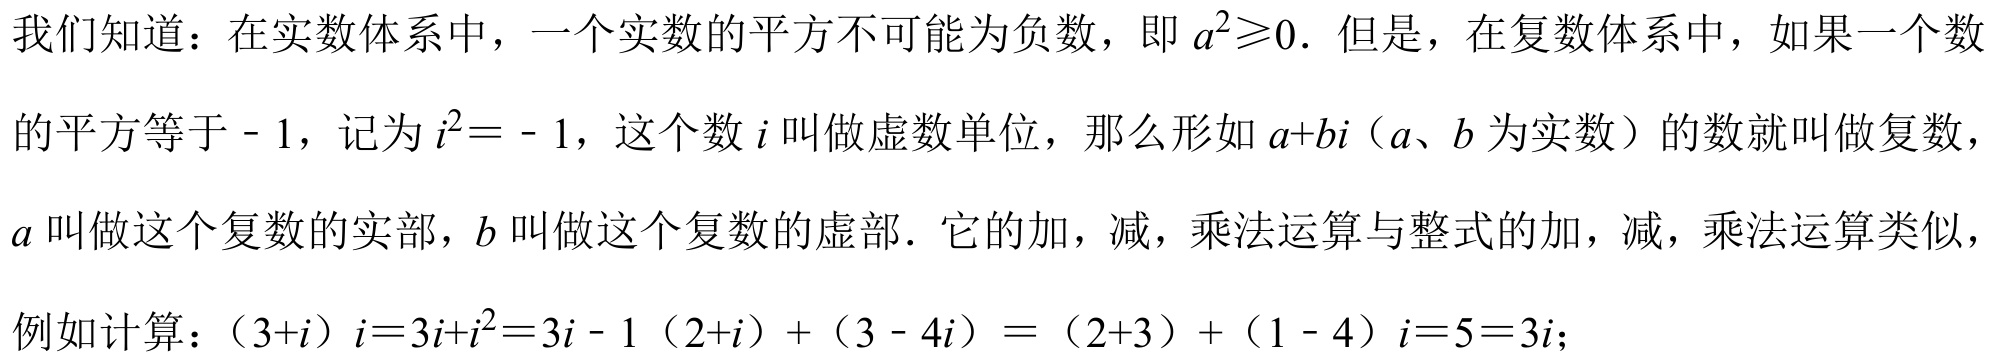
我们知道：在实数体系中，一个实数的平方不可能为负数，即\(a^{2}\geqslant0\). 但是，在复数体系中，如果一个数
的平方等于 - 1，记为\(i^{2} = - 1\)，这个数\(i\)叫做虚数单位，那么形如\(a + bi\)（\(a、b\)为实数）的数就叫做复数，
\(a\)叫做这个复数的实部，\(b\)叫做这个复数的虚部. 它的加，减，乘法运算与整式的加，减，乘法运算类似，
例如计算：\((3 + i)i = 3i + i^{2}=3i - 1\) \((2 + i)+(3 - 4i)=(2 + 3)+(1 - 4)i = 5-3i\)；